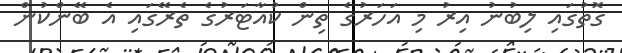
ގޮތުގައި ލިބުނު އިރު މި އަހަރުގެ ތިން ކުއާޓަރުގެ ތެރޭގައި އެ ބޭންކުން